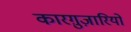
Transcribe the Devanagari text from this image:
कारग़ुज़ारियों